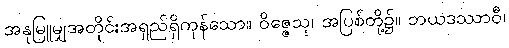
အနုမြူမျှအတိုင်းအရှည်ရှိကုန်သော။ ဝိဇ္ဇေသု၊ အပြစ်တို့၌။ ဘယဒဿာဝီ၊